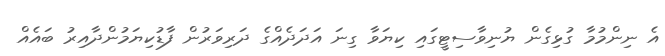
އެ ނިންމުމާ ގުޅިގެން ޔުނިވާސިޓީގައި ކިޔަވާ ގިނަ އަދަދެއްގެ ދަރިވަރުން ފާޑުކިޔަމުންދާއިރު ބައެއް